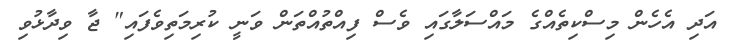
އަދި އެހެން މިސްކިތެއްގެ މައްސަލާގައި ވެސް ފިއްތުއްތަން ވަނީ ކުރިމަތިވެފައި" ޖާ ވިދާޅުވި